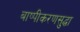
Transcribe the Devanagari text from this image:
बाष्पीकरणसुद्धा